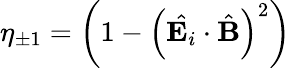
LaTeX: \eta_{\pm 1}=\left(1-\left(\hat{\textbf{E}_{i}}\cdot\hat{\textbf{B}}\right)^{2}\right)